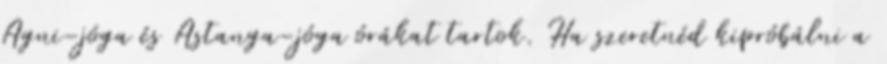
Agni-jóga és Astanga-jóga órákat tartok. Ha szeretnéd kipróbálni a